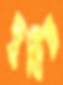
দুষিত